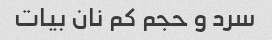
سرد و حجم کم نان بیات